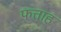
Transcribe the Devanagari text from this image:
फत्ताह